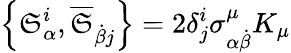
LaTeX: \left\{ \mathfrak{S}_{\alpha}^{i},{\overline{{{\mathfrak{S}}}}}_{{\dot{{\beta}}}j}\right\} =2\delta_{j}^{i}\sigma_{\alpha{\dot{{\beta}}}}^{\mu}K_{\mu}